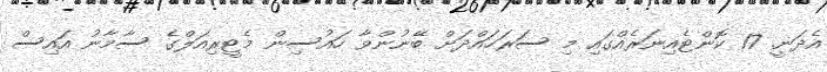
އެދަނީ. 17 ކޮންޓެއިނަރެއްގައި މި ސަރަހައްދަށް ބޭނުންވާ ހައުސިން މެޓީރިއަލްގެ ސާމާނު އައިސް